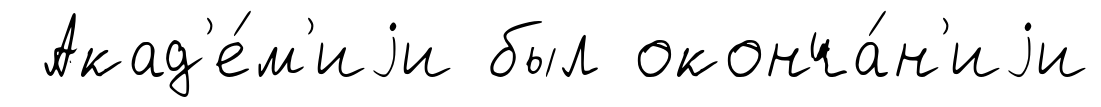
Акад'е́м'иjи был оконча́н'иjи